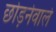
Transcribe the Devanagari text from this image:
छोड़नेवाले